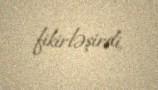
fikirləşirdi.